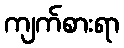
ကျက်စားရာ